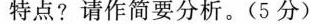
特点?请作简要分析。(5分)